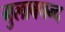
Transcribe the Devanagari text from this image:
गुलाबचन्द